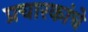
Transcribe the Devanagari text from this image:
प्रचारकांचे